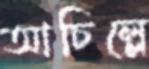
আচিল্লে